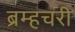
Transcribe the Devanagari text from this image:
ब्रम्हचरी